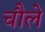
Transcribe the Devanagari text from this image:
चौले